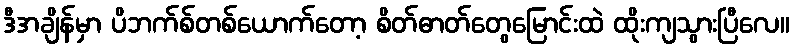
ဒီအချိန်မှာ ပိဘက်စ်တစ်ယောက်တော့ စိတ်ဓာတ်တွေမြောင်းထဲ ထိုးကျသွားပြီလေ။